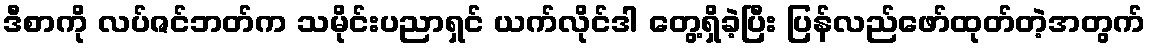
ဒီစာကို လပ်ဇင်ဘတ်က သမိုင်းပညာရှင် ယက်လိုင်ဒါ တွေ့ရှိခဲ့ပြီး ပြန်လည်ဖော်ထုတ်တဲ့အတွက်